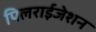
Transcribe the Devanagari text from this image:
पिलराईजेशन